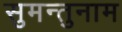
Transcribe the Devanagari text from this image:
सुमन्तुनाम